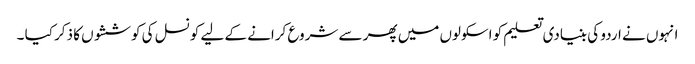
انہوں نے اردو کی بنیادی تعلیم کو اسکولوں میں پھر سے شروع کرانے کے لیے کونسل کی کوششوں کا ذکر کیا ۔